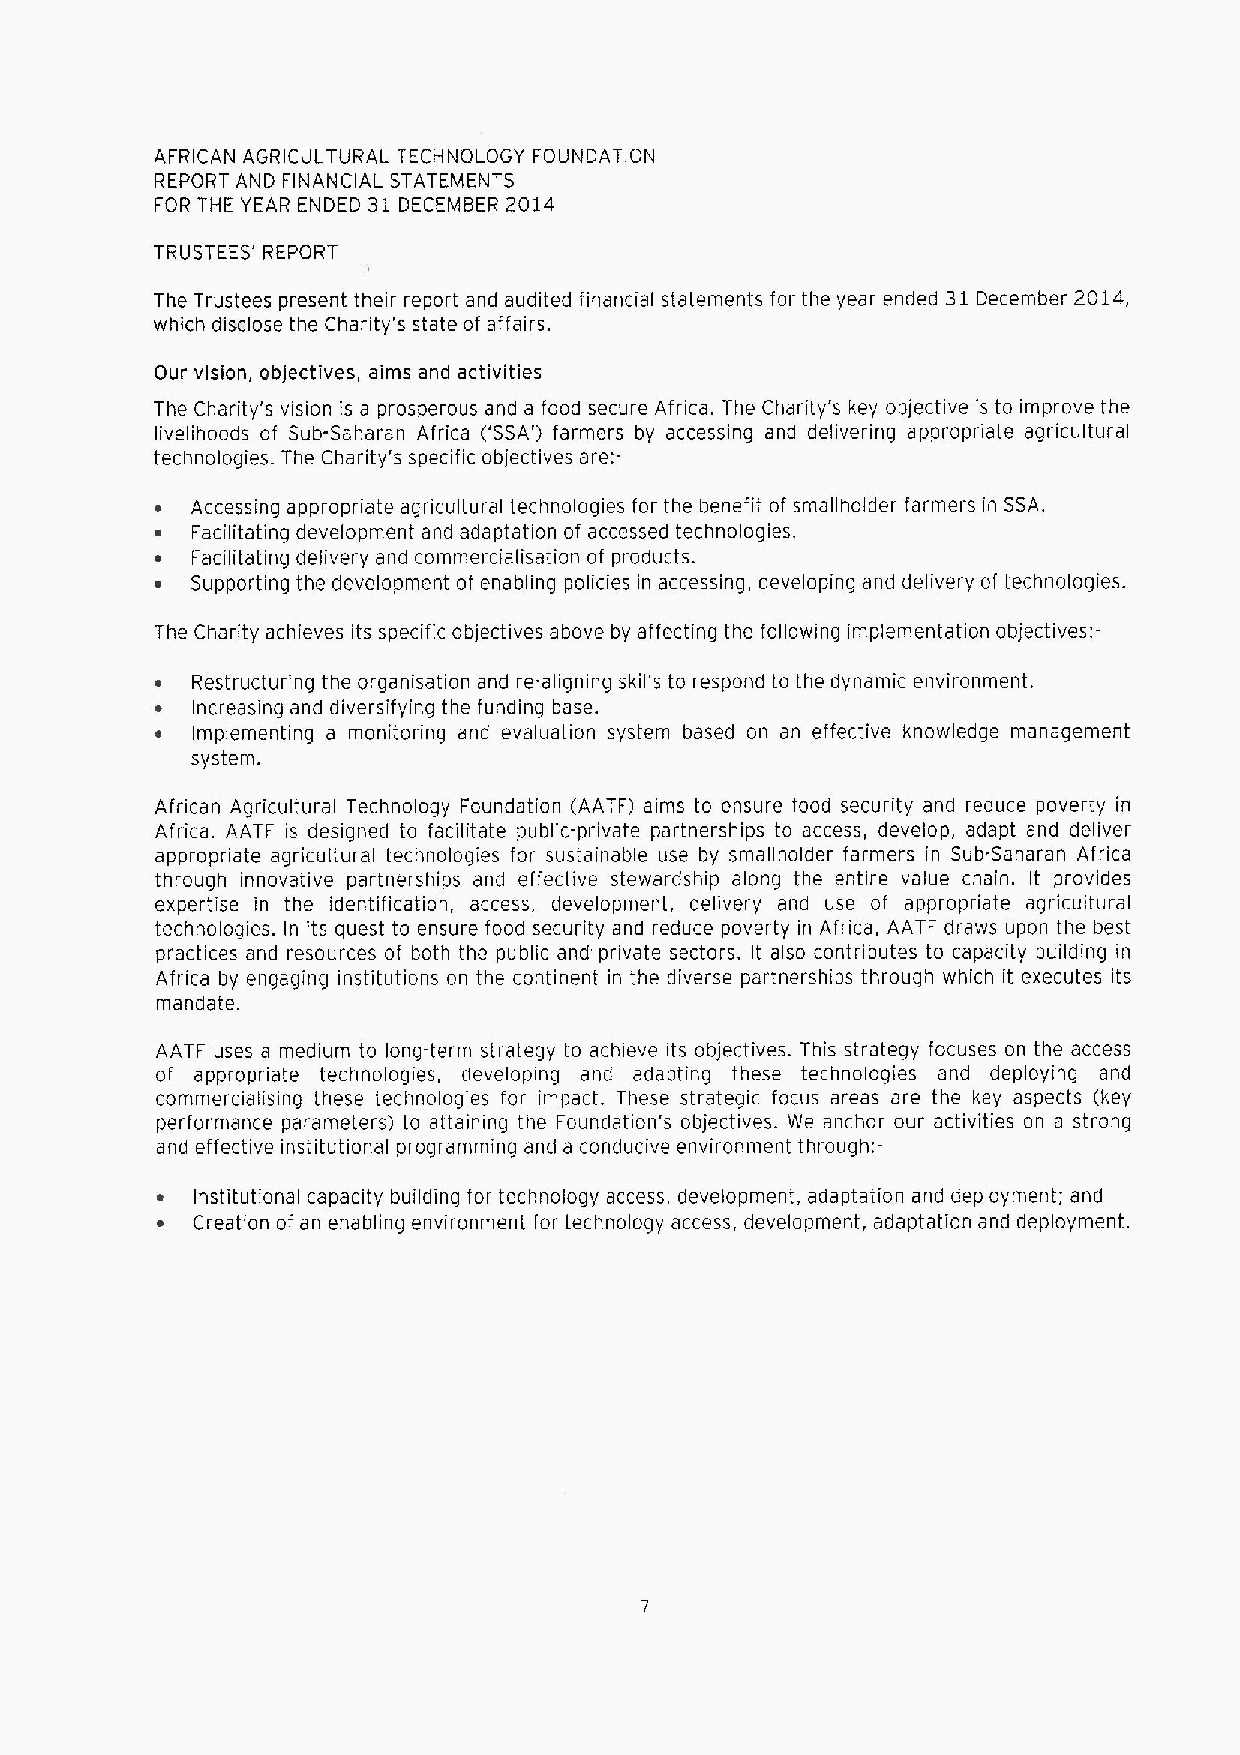
AFRICAN AGRICULTURAL TECHNOLOGY FOUNDATION
 REPORT AND FINANCIAL STATEMENTS
 FOR THE YEAR ENDED 31 DECEMBER 2014
 TRUSTEES' REPORT
 The Trustees present their report and audited financial statements for the year ended 31December 2014,
 which disclose the Charity's state of affairs.
 Our vision, objectives, aims and activities
 The Charity's vision is a prosperous and a food secure Africa. The Charity's key objective is to improve the
 livelihoods of Sub-Saharan Africa ('SSA') farmers by accessing and deiiverinq appropriate agricultural
 technologies. The Charity's specific objectives are:-
 ~  Accessing appropriate agricultural technologies for the benefit of smallholder farmers in SSA.
 ~  Facilitating development and adaptation of accessed technologies.
 ~  Facilitating delivery and commercialisation of products.
 ~  Supporting the development of enablinq policies in accessing, developinq and delivery of technoloqies.
 The Charity achieves its specific objectives above by affecting the following implementation objectives:-
 ~  Restructuring the organisation and re-aligning skills to respond to the dynamic environment.
 ~  Increasinq and diversifyinq the funding base.
 ~  Implementing a monitoring and evaluation system based on an effective knowledge manaqement
 system.
 Afncan Agricultural Technology Foundation (AATF) aims to ensure food security and reduce poverty in
 Africa. AATF is desiqned to facilitate public-private partnerships to access, develop, adapt and deliver
 appropriate agricultural technoloqies for sustainable use by smallholder farmers in Sub-Saharan Africa
 through innovative partnerships and effective stewardship along the entire value chain. It provides
 expertise in the identification, access, development, delivery and use of appropriate agricultural
 technologies. In its quest to ensure food security and reduce poverty in Africa, AATF draws upon the best
 practices and resources of both the public and private sectors. It also contributes to capacity building in
 Africa by engaginq institutions on the continent in the diverse partnerships through which it executes its
 mandate.
 AATF uses a medium to long-term strategy to achieve its objectives. This strategy focuses on the access
 of appropriate technologies, developing and adapting these technologies and deploying and
 commerciaiising these technologies for impact. These strategic focus areas are the key aspects (key
 performance parameters) to attaining the Foundation's objectives. We anchor our activities on a strong
 and effective institutional proqramming and a conducive environment through:-
 ~  Institutional capacity buildinq for technology access, development, adaptation and deployment; and
 ~  Creation of an enabling environment for technology access, development, adaptation and deployment.